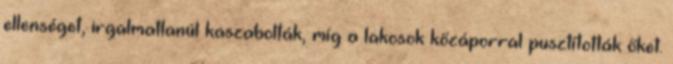
ellenséget, irgalmatlanúl kaszabolták, míg a lakosok kőzáporral pusztították őket.